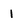
Character: 1